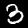
Label: 3